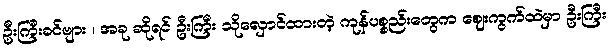
ဦးကြီးခင်ဗျား ၊ အခု ဆိုရင် ဦးကြီး သိုလှောင်ထားတဲ့ ကုန်ပစ္စည်းတွေက ဈေးကွက်ထဲမှာ ဦးကြီး